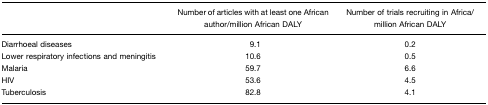
|  | Number of articles with at least one African author/million African DALY | Number of trials recruiting in Africa/million African DALY |
 | --- | --- | --- |
 | Diarrhoeal diseases | 9.1 | 0.2 |
 | Lower respiratory infections and meningitis | 10.6 | 0.5 |
 | Malaria | 59.7 | 6.6 |
 | HIV | 53.6 | 4.5 |
 | Tuberculosis | 82.8 | 4.1 |